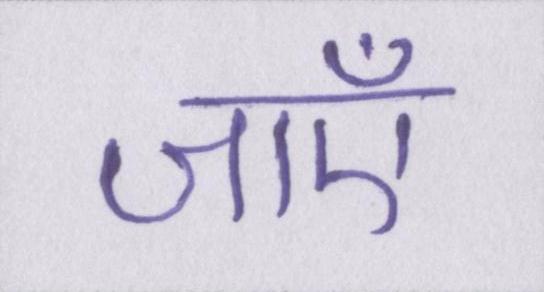
जाएँ